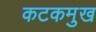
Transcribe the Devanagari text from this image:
कटकमुख